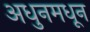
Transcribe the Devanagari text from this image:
अधुनमधून